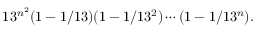
1 3 ^ { n ^ { 2 } } ( 1 - 1 / 1 3 ) ( 1 - 1 / 1 3 ^ { 2 } ) \cdots ( 1 - 1 / 1 3 ^ { n } ) .